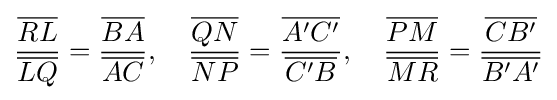
{\frac {\overline {RL}}{\overline {LQ}}}={\frac {\overline {BA}}{\overline {AC}}},\quad {\frac {\overline {QN}}{\overline {NP}}}={\frac {\overline {A'C'}}{\overline {C'B}}},\quad {\frac {\overline {PM}}{\overline {MR}}}={\frac {\overline {CB'}}{\overline {B'A'}}}